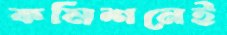
কমিশনেই